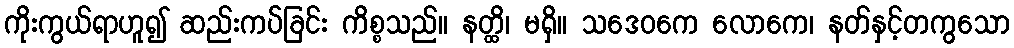
ကိုးကွယ်ရာဟူ၍ ဆည်းကပ်ခြင်း ကိစ္စသည်။ နတ္ထိ၊ မရှိ။ သဒေဝကေ လောကေ၊ နတ်နှင့်တကွသော